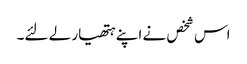
اس شخص نے اپنے ہتھیار لے لئے۔